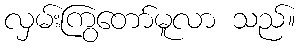
လှမ်းကြွတော်မူလာ သည်။